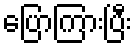
ပြောကြားပြီး